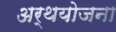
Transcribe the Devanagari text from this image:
अर्थयोजना